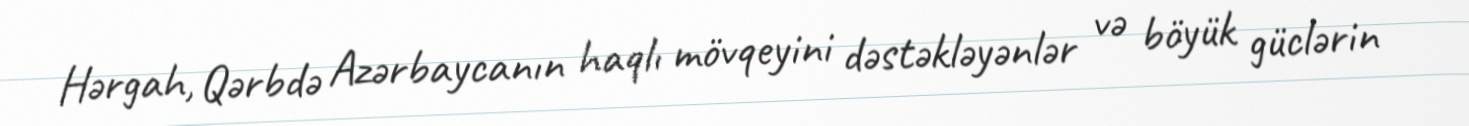
Hərgah, Qərbdə Azərbaycanın haqlı mövqeyini dəstəkləyənlər və böyük güclərin